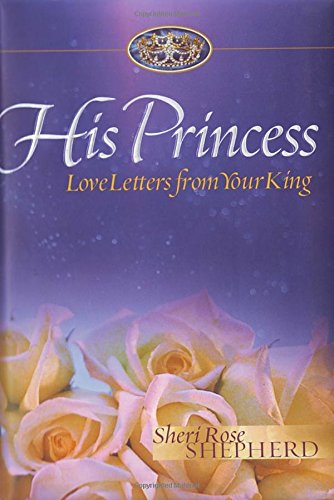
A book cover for His Princess: Love Letters from Your King; Sheri Rose Shepherd; Christian Books & Bibles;